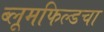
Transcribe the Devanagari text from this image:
ब्लूमफिल्डचा